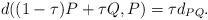
LaTeX: \begin{align*}d((1-\tau )P + \tau Q,P) = \tau d_{PQ}.\end{align*}